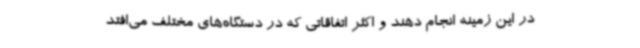
در این زمینه انجام دهند و اکثر اتفاقاتی که در دستگاه‌های مختلف می‌افتد